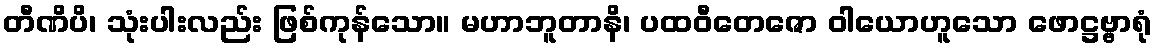
တီဏိပိ၊ သုံးပါးလည်း ဖြစ်ကုန်သော။ မဟာဘူတာနိ၊ ပထဝီတေဇော ဝါယောဟူသော ဖောဋ္ဌဗ္ဗာရုံ